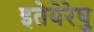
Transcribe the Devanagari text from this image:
इतेयेरेषु